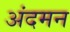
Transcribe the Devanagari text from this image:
अंदमन